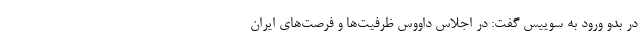
در بدو ورود به سوییس گفت: در اجلاس داووس ظرفیت‌ها و فرصت‌های ایران